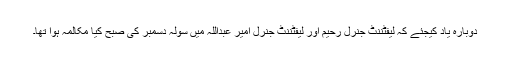
دوبارہ یاد کیجئے کہ لیفٹننٹ جنرل رحیم اور لیفٹننٹ جنرل امیر عبداللہ میں سولہ دسمبر کی صبح کیا مکالمہ ہوا تھا۔